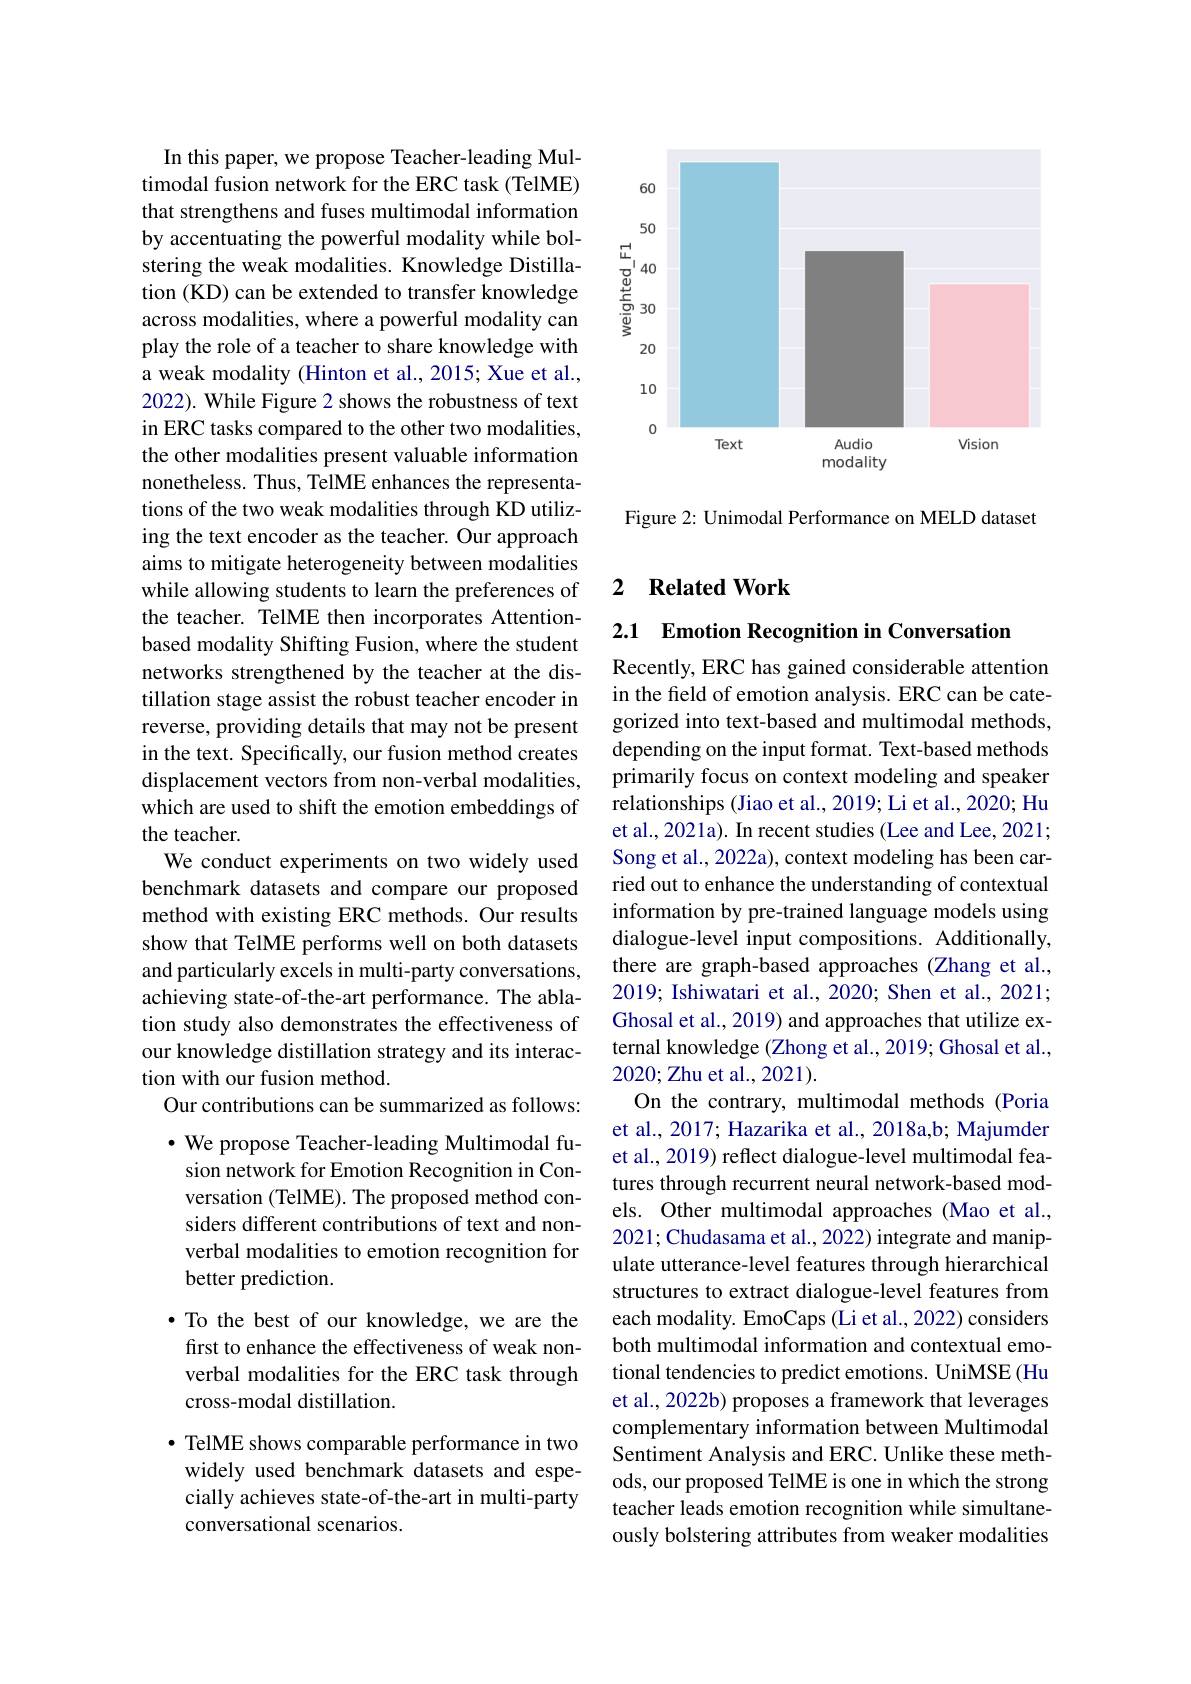
In this paper, we propose Teacher-leading Multimodal fusion network for the ERC task (TelME) that strengthens and fuses multimodal information by accentuating the powerful modality while bolstering the weak modalities. Knowledge Distillation (KD) can be extended to transfer knowledge across modalities, where a powerful modality can play the role of a teacher to share knowledge with a weak modality (Hinton et al., 2015; Xue et al., 2022). While Figure 2 shows the robustness of text in ERC tasks compared to the other two modalities, the other modalities present valuable information nonetheless. Thus, TelME enhances the representations of the two weak modalities through KD utilizing the text encoder as the teacher. Our approach aims to mitigate heterogeneity between modalities while allowing students to learn the preferences of the teacher. TelME then incorporates Attentionbased modality Shifting Fusion, where the student networks strengthened by the teacher at the distillation stage assist the robust teacher encoder in reverse, providing details that may not be present in the text. Specifically, our fusion method creates displacement vectors from non-verbal modalities, which are used to shift the emotion embeddings of the teacher.
We conduct experiments on two widely used benchmark datasets and compare our proposed method with existing ERC methods. Our results show that TelME performs well on both datasets and particularly excels in multi-party conversations, achieving state-of-the-art performance. The ablation study also demonstrates the effectiveness of our knowledge distillation strategy and its interaction with our fusion method.
Our contributions can be summarized as follows: · We propose Teacher-leading Multimodal fu-

sion network for Emotion Recognition in Conversation (TelME). The proposed method considers different contributions of text and nonverbal modalities to emotion recognition for better prediction.
$\bullet$ To the best of our knowledge, we are the first to enhance the effectiveness of weak nonverbal modalities for the ERC task through cross-modal distillation.
· TelME shows comparable performance in two widely used benchmark datasets and especially achieves state-of-the-art in multi-party

conversational scenarios.

<FigureHere>

Figure 2: Unimodal Performance on MELD dataset

## 2 Related Work

2.1 Emotion Recognition in Conversation

Recently, ERC has gained considerable attention in the field of emotion analysis. ERC can be categorized into text-based and multimodal methods, depending on the input format. Text-based methods primarily focus on context modeling and speaker relationships (Jiao et al., 2019; Li et al., 2020; Hu et al., 2021a). In recent studies (Lee and Lee, 2021; Song et al., 2022a), context modeling has been carried out to enhance the understanding of contextual information by pre-trained language models using dialogue-level input compositions. Additionally, there are graph-based approaches (Zhang et al., 2019; Ishiwatari et al., 2020; Shen et al., 2021; Ghosal et al., 2019) and approaches that utilize external knowledge (Zhong et al., 2019; Ghosal et al., 2020;Zhu et al., 2021).
On the contrary, multimodal methods (Poria et al., 2017; Hazarika et al., 2018a,b; Majumder et al., 2019) reflect dialogue-level multimodal features through recurrent neural network-based models. Other multimodal approaches (Mao et al., 2021; Chudasama et al., 2022) integrate and manipulate utterance-level features through hierarchical structures to extract dialogue-level features from each modality. EmoCaps (Li et al., 2022) considers both multimodal information and contextual emotional tendencies to predict emotions. UniMSE (Hu et al., 2022b) proposes a framework that leverages complementary information between Multimodal Sentiment Analysis and ERC. Unlike these methods, our proposed TelME is one in which the strong teacher leads emotion recognition while simultaneously bolstering attributes from weaker modalities